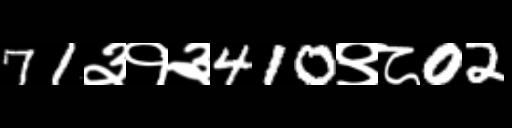
Text: 71३१३410९८02